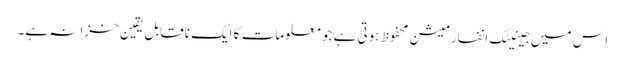
اس میں جینیٹک انفارمیشن محفوظ ہوتی ہے جو معلومات کا ایک ناقابل یقین خزانہ ہے۔